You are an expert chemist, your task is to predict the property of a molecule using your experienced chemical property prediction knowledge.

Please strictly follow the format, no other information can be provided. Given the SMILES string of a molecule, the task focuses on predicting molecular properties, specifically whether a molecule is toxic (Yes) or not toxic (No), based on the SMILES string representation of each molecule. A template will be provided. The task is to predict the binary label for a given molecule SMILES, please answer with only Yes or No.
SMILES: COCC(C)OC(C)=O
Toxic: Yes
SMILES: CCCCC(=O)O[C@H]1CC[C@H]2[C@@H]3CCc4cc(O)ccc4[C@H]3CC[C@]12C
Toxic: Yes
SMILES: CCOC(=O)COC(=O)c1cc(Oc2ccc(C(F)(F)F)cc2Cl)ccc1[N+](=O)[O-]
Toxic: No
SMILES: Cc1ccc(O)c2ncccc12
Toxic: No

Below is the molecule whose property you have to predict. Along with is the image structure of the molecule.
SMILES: Cc1ccc(O)c([C@H](CCN(C(C)C)C(C)C)c2ccccc2)c1
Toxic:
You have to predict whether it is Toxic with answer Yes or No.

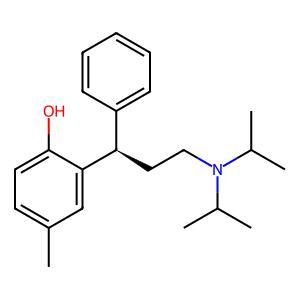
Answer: No